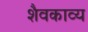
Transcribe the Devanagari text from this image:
शैवकाव्य